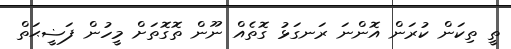
ތީ ތިކަން ކުރަން އޮންނަ ރަނގަޅު ގޮތެއް ނޫން ތޮގޮތަށް މީހުން ފަޟީޙަތް